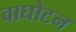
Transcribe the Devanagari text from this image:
वाघोटन